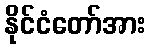
နိုင်ငံတော်အား